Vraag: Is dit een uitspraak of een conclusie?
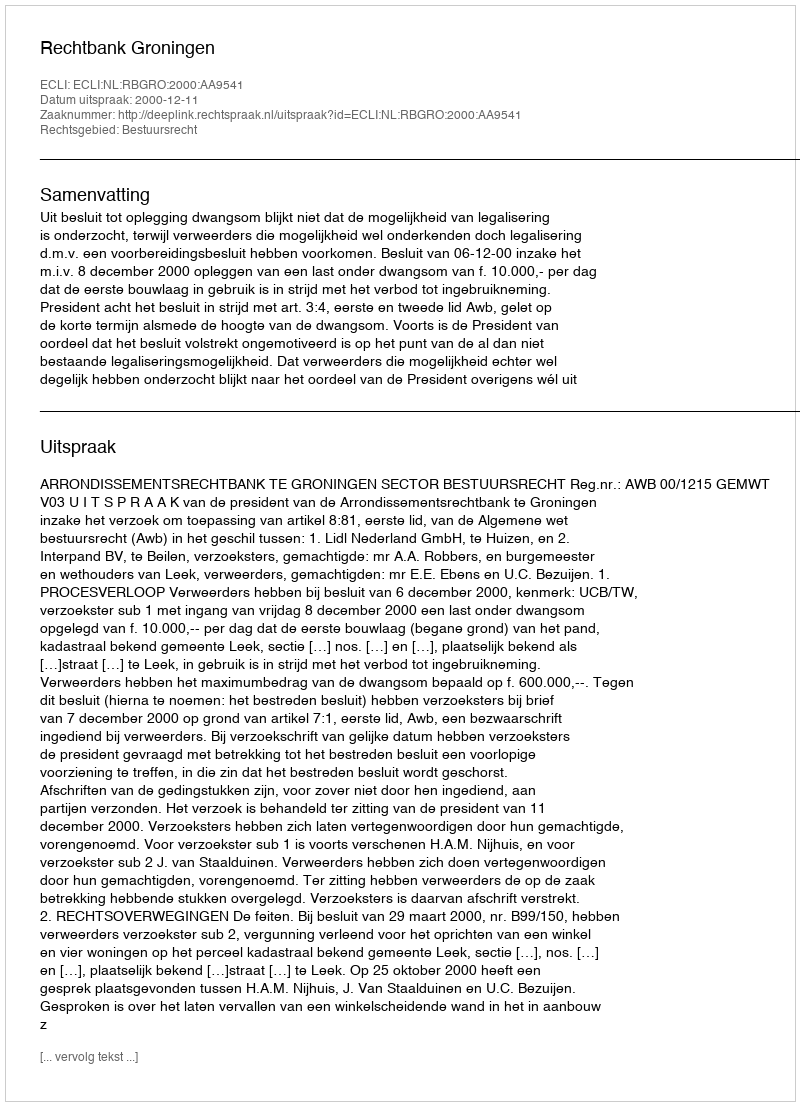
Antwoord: Uitspraak